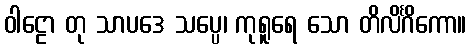
ဝါဠော တု သာပဒေ သပ္ပေ၊ ကုရူရေ သော တိလိင်္ဂိကော။